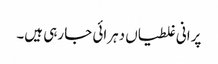
پرانی غلطیاں دہرائی جا رہی ہیں۔